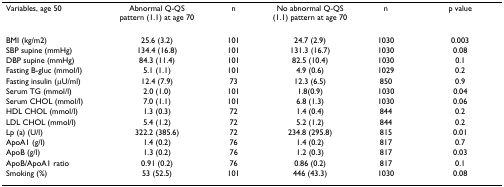
<table><thead><tr><td><b>Variables, age 50</b></td><td><b>Abnormal Q-QS pattern (1.1) at age 70</b></td><td><b>n</b></td><td><b>No abnormal Q-QS (1.1) pattern at age 70</b></td><td><b>n</b></td><td><b>p value</b></td></tr></thead><tbody><tr><td>BMI (kg/m2)</td><td>25.6 (3.2)</td><td>101</td><td>24.7 (2.9)</td><td>1030</td><td>0.003</td></tr><tr><td>SBP supine (mmHg)</td><td>134.4 (16.8)</td><td>101</td><td>131.3 (16.7)</td><td>1030</td><td>0.08</td></tr><tr><td>DBP supine (mmHg)</td><td>84.3 (11.4)</td><td>101</td><td>82.5 (10.4)</td><td>1030</td><td>0.1</td></tr><tr><td>Fasting B-gluc (mmol/l)</td><td>5.1 (1.1)</td><td>101</td><td>4.9 (0.6)</td><td>1029</td><td>0.2</td></tr><tr><td>Fasting insulin (μU/ml)</td><td>12.4 (7.9)</td><td>73</td><td>12.3 (6.5)</td><td>850</td><td>0.9</td></tr><tr><td>Serum TG (mmol/l)</td><td>2.0 (1.0)</td><td>101</td><td>1.8(0.9)</td><td>1030</td><td>0.04</td></tr><tr><td>Serum CHOL (mmol/l)</td><td>7.0 (1.1)</td><td>101</td><td>6.8 (1.3)</td><td>1030</td><td>0.06</td></tr><tr><td>HDL CHOL (mmol/l)</td><td>1.3 (0.3)</td><td>72</td><td>1.4 (0.4)</td><td>844</td><td>0.2</td></tr><tr><td>LDL CHOL (mmol/l)</td><td>5.4 (1.2)</td><td>72</td><td>5.2 (1.2)</td><td>844</td><td>0.2</td></tr><tr><td>Lp (a) (U/l)</td><td>322.2 (385.6)</td><td>72</td><td>234.8 (295.8)</td><td>815</td><td>0.01</td></tr><tr><td>ApoA1 (g/l)</td><td>1.4 (0.2)</td><td>76</td><td>1.4 (0.2)</td><td>817</td><td>0.7</td></tr><tr><td>ApoB (g/l)</td><td>1.3 (0.2)</td><td>76</td><td>1.2 (0.3)</td><td>817</td><td>0.03</td></tr><tr><td>ApoB/ApoA1 ratio</td><td>0.91 (0.2)</td><td>76</td><td>0.86 (0.2)</td><td>817</td><td>0.1</td></tr><tr><td>Smoking (%)</td><td>53 (52.5)</td><td>101</td><td>446 (43.3)</td><td>1030</td><td>0.08</td></tr></tbody></table>